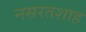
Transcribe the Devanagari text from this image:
नसरतशाह